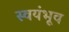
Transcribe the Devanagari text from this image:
स्वयंभूव